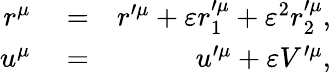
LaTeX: \begin{array}{rlr}{r^{\mu}}&{{}=}&{r^{\prime\mu}+\varepsilon r_{1}^{\prime\mu}+\varepsilon^{2}r_{2}^{\prime\mu},}\\ {u^{\mu}}&{{}=}&{u^{\prime\mu}+\varepsilon V^{\prime\mu},}\end{array}